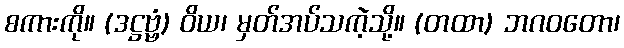
စကားကို။ (ဒဋ္ဌဗ္ဗံ) ဝိယ၊ မှတ်အပ်သကဲ့သို့။ (တထာ) ဘဂဝတော၊